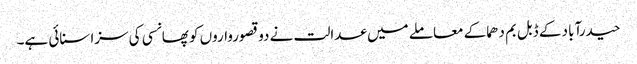
حیدرآباد کے ڈبل بم دھماکے معاملے میں عدالت نے دو قصورواروں کو پھانسی کی سزا سنائی ہے۔